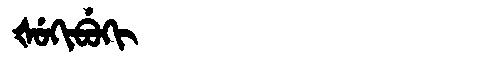
Manchu: ᡧᡠᡴᡳᠪᡠᡴᡳ
Romanization: ŠUKIBUKI